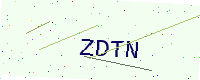
Text: ZDTN